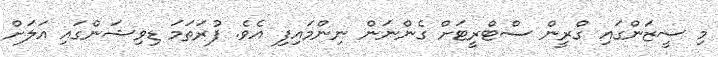
މި ސީޒަންގައި ގްރީން ސްޓްރީޓަށް ގެންނަން ނިންމައިފި އެވެ. ފުރަތަމަ ޑިވިޝަންގައި އަލަށް